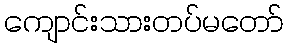
ကျောင်းသားတပ်မတော်